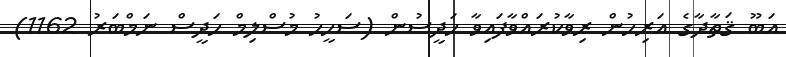
އަބޫ ޤަތާދާގެ އަރިހުން ރިވާކުރައްވާފައިވާ ހަދީސުން (ސަހީހު މުސްލިމް ހަދީސް ނަމްބަރު 1162)